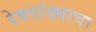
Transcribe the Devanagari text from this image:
रेवदांड्याचा